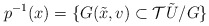
\begin{align*} p^{-1}(x)=\{G (\tilde{x},v) \subset \mathcal{T}\tilde{U}/G \} \end{align*}